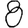
Digit: 8